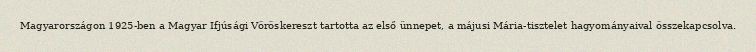
Magyarországon 1925-ben a Magyar Ifjúsági Vöröskereszt tartotta az első ünnepet, a májusi Mária-tisztelet hagyományaival összekapcsolva.